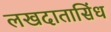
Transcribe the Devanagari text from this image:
लखदातासिंध